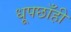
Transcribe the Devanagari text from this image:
धूपछाँही